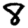
Digit: 8